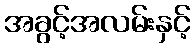
အခွင့်အလမ်းနှင့်